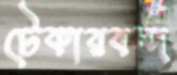
টেকারবন্দ